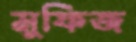
মুফিজ